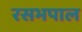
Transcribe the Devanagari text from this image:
रसभपाल